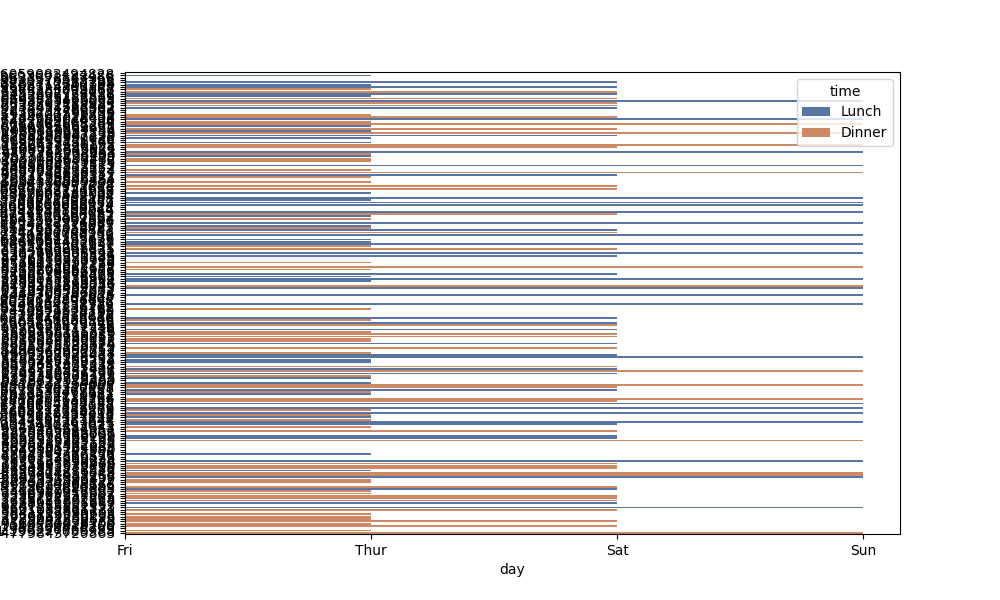
python, seaborn, barplot, hue='time', palette='deep', ci=None, orient='h'